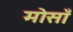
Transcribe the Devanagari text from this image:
मोसाँ